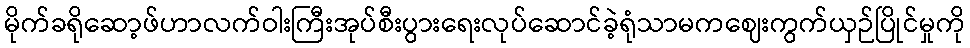
မိုက်ခရိုဆော့ဖ်ဟာလက်ဝါးကြီးအုပ်စီးပွားရေးလုပ်ဆောင်ခဲ့ရုံသာမကဈေးကွက်ယှဉ်ပြိုင်မှုကို